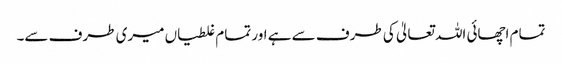
تمام اچھائی اللہ تعالیٰ کی طرف سے ہے اور تمام غلطیاں میری طرف سے۔